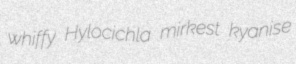
whiffy Hylocichla mirkest kyanise